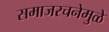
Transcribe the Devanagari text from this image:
समाजरचनेमुळे